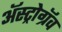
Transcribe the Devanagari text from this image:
अॅस्ट्रोग्रॅव